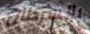
بالسرطان